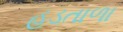
હડતાળા